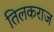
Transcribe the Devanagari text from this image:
तिलकराज